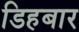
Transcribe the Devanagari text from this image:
डिहबार